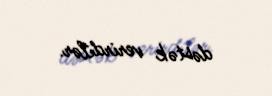
dəstək verirdilər.